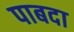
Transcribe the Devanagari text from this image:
पाबदा